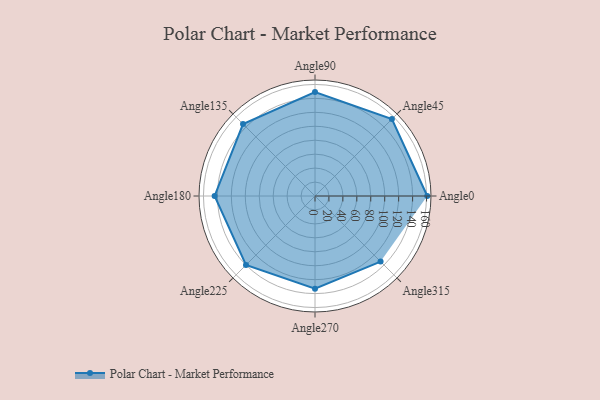
{"axis": {"x": "Angle", "y": "Radius"}, "legend": [""], "data": [{"x": "Angle0", "y": 161.0, "type": ""}, {"x": "Angle45", "y": 156.0, "type": ""}, {"x": "Angle90", "y": 149.0, "type": ""}, {"x": "Angle135", "y": 146.0, "type": ""}, {"x": "Angle180", "y": 144.0, "type": ""}, {"x": "Angle225", "y": 140.0, "type": ""}, {"x": "Angle270", "y": 133.0, "type": ""}, {"x": "Angle315", "y": 133.0, "type": ""}]}